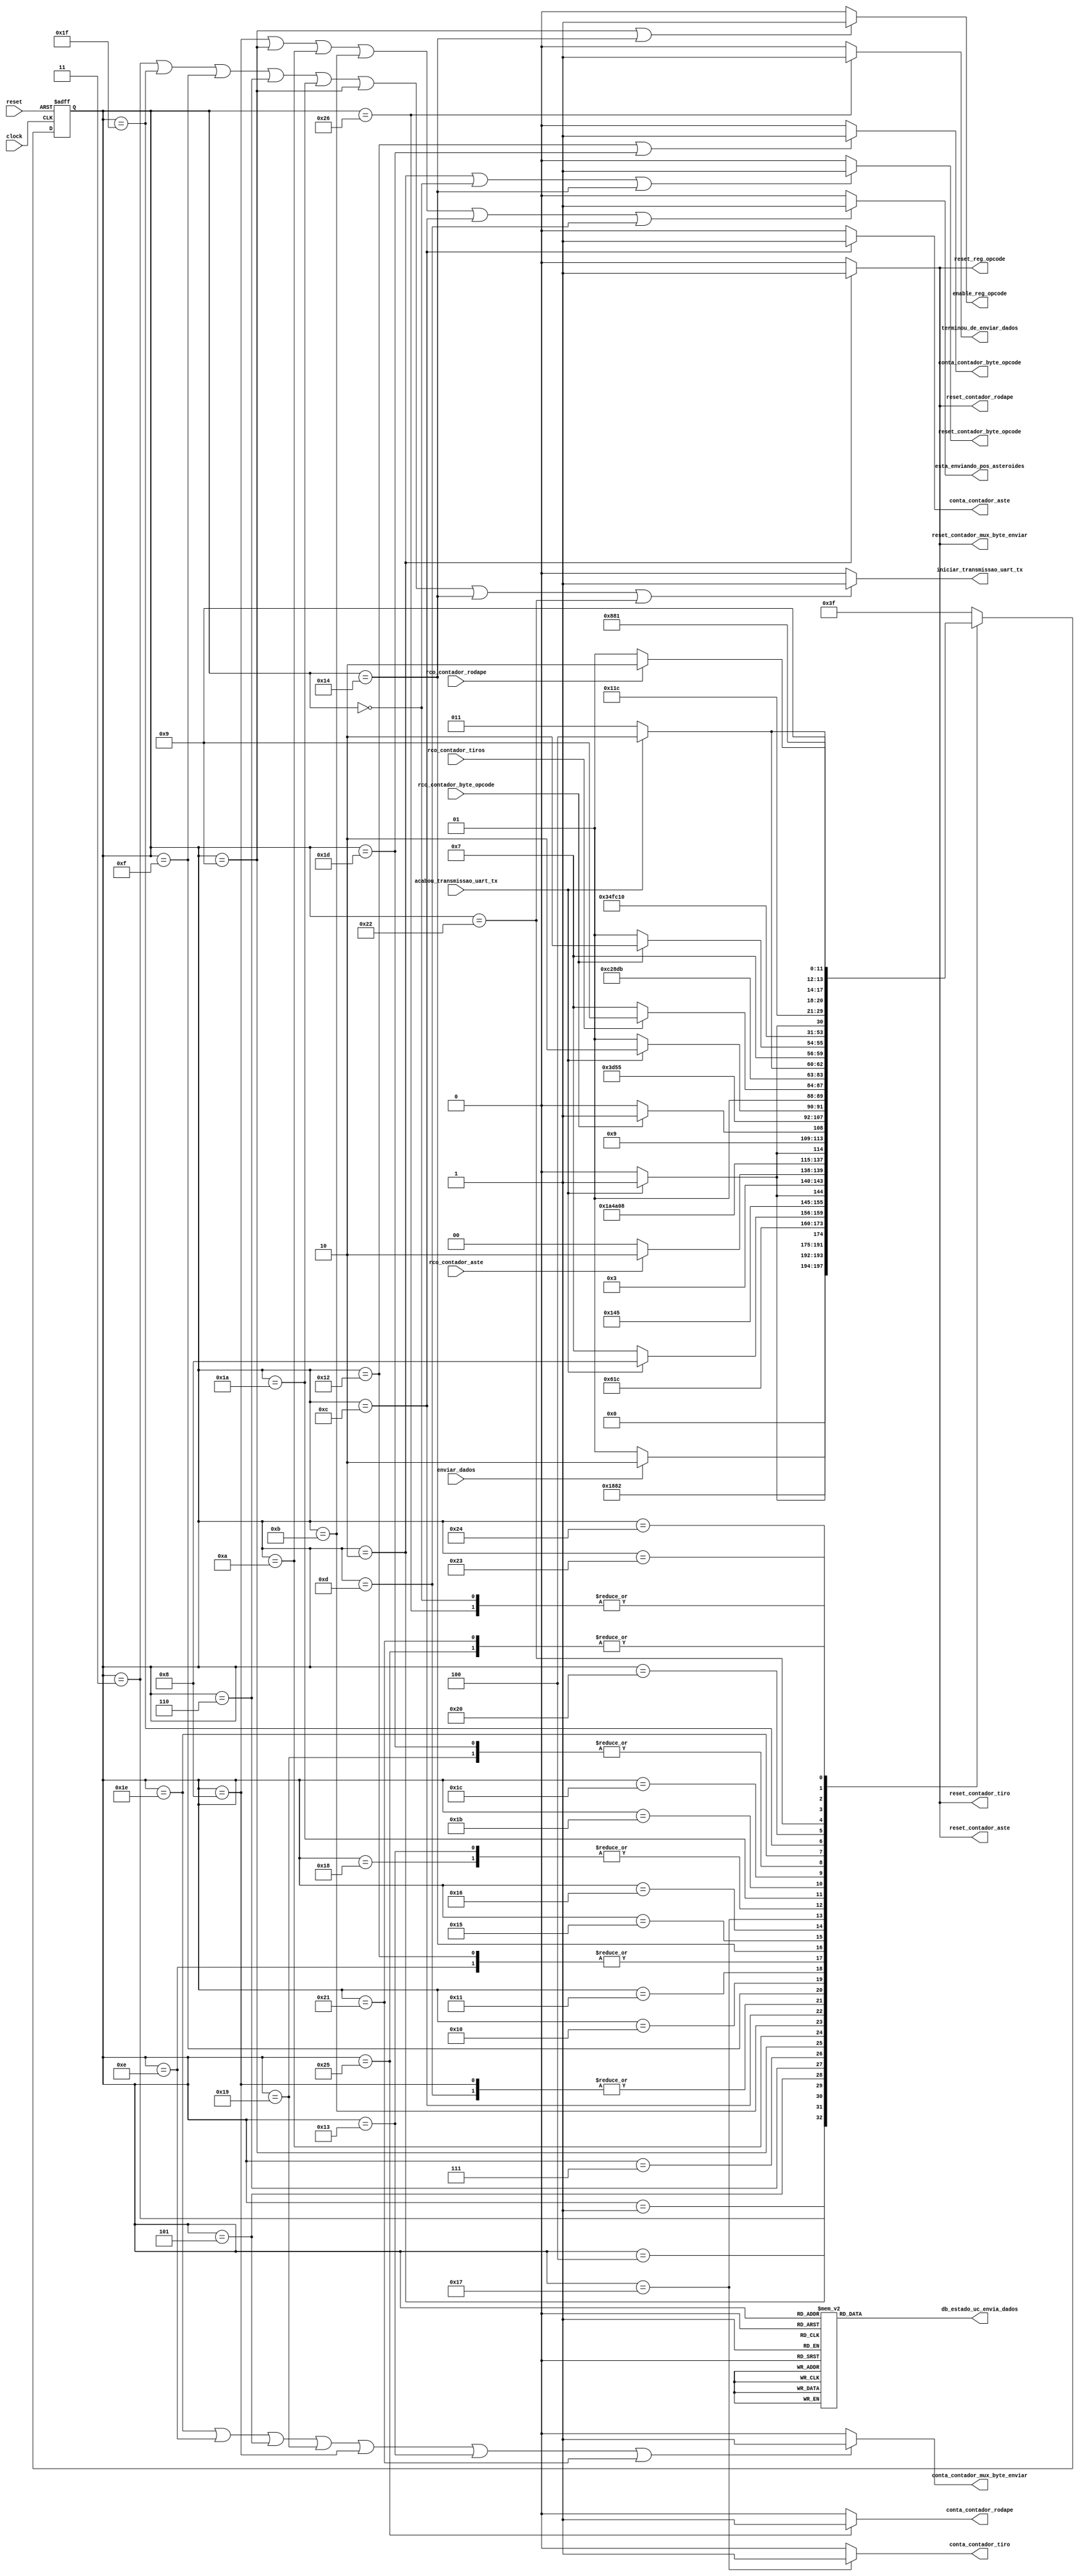

module uc_envia_dados (
        input clock,
        input reset,
        input enviar_dados,
        input acabou_transmissao_uart_tx,
        input rco_contador_aste,
        input rco_contador_tiros,
        input rco_contador_byte_opcode,
        input rco_contador_rodape,

        output reg iniciar_transmissao_uart_tx,
        output reg enable_reg_opcode,
        output reg reset_reg_opcode,
        output reg conta_contador_byte_opcode,
        output reg reset_contador_byte_opcode,
        output reg conta_contador_mux_byte_enviar,
        output reg reset_contador_mux_byte_enviar,
        output reg conta_contador_aste,
        output reg reset_contador_aste,
        output reg conta_contador_tiro,
        output reg reset_contador_tiro,
        output reg conta_contador_rodape,
        output reg reset_contador_rodape,

        output reg terminou_de_enviar_dados,
        output reg esta_enviando_pos_asteroides,
        output reg [5:0] db_estado_uc_envia_dados
        );

        /* declarao dos estados dessa UC */
        parameter inicial                                = 6'b000000; // 0
        parameter espera                                 = 6'b000001; // 1
        parameter zera_contadores                        = 6'b000010; // 2
        parameter inicia_envio_de_pontuacao              = 6'b000011; // 3
        parameter espera_envio_de_pontuacao              = 6'b000100; // 4
        parameter envia_opcode_nave                      = 6'b000101; // 5
        parameter inicia_envia_opcode_nave               = 6'b000110; // 6
        parameter espera_envia_opcode_nave               = 6'b000111; // 7 {opcode_nave (2 bits), vidas (3 bits), 3'b000}
        parameter envia_posicao_aste                     = 6'b001000; // 8
        parameter inicia_envia_posicao_aste              = 6'b001001; // 9
        parameter espera_envia_posicao_aste              = 6'b001010; // 10
        parameter verifica_rco_aste                      = 6'b001011; // 11
        parameter incrementa_contador_asteroides         = 6'b001100; // 12
        parameter espera_mem_aste                        = 6'b001101; // 13
        parameter envia_opcode_aste                      = 6'b001110; // 14
        parameter inicia_envia_opcode_aste               = 6'b001111; // 15
        parameter espera_envia_opcode_aste               = 6'b010000; // 16
        parameter verifica_rco_contador_byte_opcode_aste = 6'b010001; // 17
        parameter incrementa_contador_byte_opcode_aste   = 6'b010010; // 18
        parameter envia_posicao_tiros                    = 6'b010011; // 19
        parameter inicia_envia_posicao_tiros             = 6'b010100; // 20
        parameter espera_envia_posicao_tiros             = 6'b010101; // 21
        parameter verifica_rco_tiros                     = 6'b010110; // 22
        parameter incrementa_contador_tiros              = 6'b010111; // 23
        parameter espera_mem_tiros                       = 6'b011000; // 24
        parameter envia_opcode_tiro                      = 6'b011001; // 25
        parameter inicia_envia_opcode_tiro               = 6'b011010; // 26
        parameter espera_envia_opcode_tiro               = 6'b011011; // 27 
        parameter verifica_rco_contador_byte_opcode_tiro = 6'b011100; // 28
        parameter incrementa_contador_byte_opcode_tiro   = 6'b011101; // 29
        parameter envia_jogada_especial                  = 6'b011110; // 30
        parameter inicia_envia_jogada_especial           = 6'b011111; // 31 
        parameter espera_envia_jogada_especial           = 6'b100000; // 32 
        parameter envia_rodape                           = 6'b100001; // 33
        parameter inicia_envia_rodape                    = 6'b100010; // 34
        parameter espera_envia_rodape                    = 6'b100011; // 35
        parameter verifica_rco_contador_rodape           = 6'b100100; // 36
        parameter incrementa_contador_rodape             = 6'b100101; // 37
        parameter sinaliza                               = 6'b100110; // 38
        parameter erro                                   = 6'b111111; // 64

        // Variveis de estado
        reg [5:0] estado_atual, proximo_estado;

        // Memria de estado
        always @(posedge clock or posedge reset) begin
                if (reset)
                        estado_atual <= inicial;
                else
                        estado_atual <= proximo_estado;
        end

        // mudana de estados
        always @* begin
        case (estado_atual)
                inicial:                   proximo_estado = espera;
                espera:                    proximo_estado = enviar_dados ? zera_contadores : espera;
                zera_contadores:           proximo_estado = inicia_envio_de_pontuacao;
                // envia a pontuao
                inicia_envio_de_pontuacao: proximo_estado = espera_envio_de_pontuacao;
                espera_envio_de_pontuacao: proximo_estado = acabou_transmissao_uart_tx ? envia_opcode_nave : espera_envio_de_pontuacao;
                // envia o opcode da nave, vidas e 3'b000
                envia_opcode_nave:         proximo_estado = inicia_envia_opcode_nave;
                inicia_envia_opcode_nave:  proximo_estado = espera_envia_opcode_nave;
                espera_envia_opcode_nave:  proximo_estado = acabou_transmissao_uart_tx ? envia_posicao_aste : espera_envia_opcode_nave;
                // envia as posies dos asteroides
                envia_posicao_aste:        proximo_estado = inicia_envia_posicao_aste;
                inicia_envia_posicao_aste: proximo_estado = espera_envia_posicao_aste;
                espera_envia_posicao_aste: proximo_estado = acabou_transmissao_uart_tx ? verifica_rco_aste : espera_envia_posicao_aste;
                verifica_rco_aste:         proximo_estado = rco_contador_aste ? envia_opcode_aste : incrementa_contador_asteroides;
                incrementa_contador_asteroides: proximo_estado = espera_mem_aste;
                espera_mem_aste:           proximo_estado = inicia_envia_posicao_aste;
                // envia os opcodes dos asteroides
                envia_opcode_aste:         proximo_estado = inicia_envia_opcode_aste;
                inicia_envia_opcode_aste:  proximo_estado = espera_envia_opcode_aste;
                espera_envia_opcode_aste:  proximo_estado = acabou_transmissao_uart_tx ? verifica_rco_contador_byte_opcode_aste : espera_envia_opcode_aste;
                verifica_rco_contador_byte_opcode_aste: proximo_estado = rco_contador_byte_opcode ? envia_posicao_tiros : incrementa_contador_byte_opcode_aste;
                incrementa_contador_byte_opcode_aste: proximo_estado = inicia_envia_opcode_aste;
                // envia as posies dos tiros
                envia_posicao_tiros:        proximo_estado = inicia_envia_posicao_tiros;
                inicia_envia_posicao_tiros: proximo_estado = espera_envia_posicao_tiros;
                espera_envia_posicao_tiros: proximo_estado = acabou_transmissao_uart_tx ? verifica_rco_tiros : espera_envia_posicao_tiros;
                verifica_rco_tiros:         proximo_estado = rco_contador_tiros ? envia_opcode_tiro : incrementa_contador_tiros;
                incrementa_contador_tiros:  proximo_estado = espera_mem_tiros;
                espera_mem_tiros:           proximo_estado = inicia_envia_posicao_tiros;
                // envia os opcodes dos tiros
                envia_opcode_tiro:          proximo_estado = inicia_envia_opcode_tiro;
                inicia_envia_opcode_tiro:   proximo_estado = espera_envia_opcode_tiro;
                espera_envia_opcode_tiro:   proximo_estado = acabou_transmissao_uart_tx ? verifica_rco_contador_byte_opcode_tiro : espera_envia_opcode_tiro;
                verifica_rco_contador_byte_opcode_tiro: proximo_estado = rco_contador_byte_opcode ? envia_jogada_especial : incrementa_contador_byte_opcode_tiro;
                incrementa_contador_byte_opcode_tiro: proximo_estado = inicia_envia_opcode_tiro;
                // envia a jogada_especial, especial_disponvel,  jogada_tiro, tiro_disponivel, acabou_vidas e 3'b000
                envia_jogada_especial:     proximo_estado = inicia_envia_jogada_especial;
                inicia_envia_jogada_especial: proximo_estado = espera_envia_jogada_especial;
                espera_envia_jogada_especial: proximo_estado = acabou_transmissao_uart_tx ? envia_rodape : espera_envia_jogada_especial;
                // envia o rodape do bloco de dados
                envia_rodape:                 proximo_estado = inicia_envia_rodape;
                inicia_envia_rodape:          proximo_estado = espera_envia_rodape;
                espera_envia_rodape:          proximo_estado = acabou_transmissao_uart_tx ? verifica_rco_contador_rodape : espera_envia_rodape;
                verifica_rco_contador_rodape: proximo_estado = rco_contador_rodape ? sinaliza : incrementa_contador_rodape;
                incrementa_contador_rodape:   proximo_estado = inicia_envia_rodape;
                sinaliza:                     proximo_estado = espera;
                default:                      proximo_estado = erro;
        endcase
    end

    // Lgica de sada (maquina Moore)
    always @* begin
                iniciar_transmissao_uart_tx = (estado_atual == inicia_envio_de_pontuacao     ||
                                               estado_atual ==  inicia_envia_jogada_especial ||
                                               estado_atual ==  inicia_envia_opcode_aste     ||
                                               estado_atual == inicia_envia_opcode_nave      ||
                                               estado_atual == inicia_envia_opcode_tiro      ||
                                               estado_atual == inicia_envia_posicao_aste     ||
                                               estado_atual == inicia_envia_posicao_tiros    ||
                                               estado_atual == inicia_envia_rodape           ) ? 1'b1 : 1'b0; 
                enable_reg_opcode           = (estado_atual == inicia_envia_posicao_aste     ||
                                               estado_atual == inicia_envia_posicao_tiros    ) ? 1'b1 : 1'b0; 
                reset_reg_opcode            = (estado_atual == zera_contadores)                ? 1'b1 : 1'b0; 
                conta_contador_byte_opcode  = (estado_atual == incrementa_contador_byte_opcode_aste ||
                                               estado_atual == incrementa_contador_byte_opcode_tiro )      ? 1'b1 : 1'b0; 
                reset_contador_byte_opcode  = (estado_atual == zera_contadores || estado_atual == inicial || estado_atual == inicia_envia_posicao_tiros) ? 1'b1 : 1'b0; 
                conta_contador_mux_byte_enviar = (estado_atual ==  envia_jogada_especial ||
                                                  estado_atual ==  envia_opcode_aste     ||
                                                  estado_atual == envia_opcode_nave      ||
                                                  estado_atual == envia_opcode_tiro      ||
                                                  estado_atual == envia_posicao_aste     ||
                                                  estado_atual == envia_posicao_tiros    ||
                                                  estado_atual == envia_rodape           ) ? 1'b1 : 1'b0; 

                reset_contador_mux_byte_enviar = (estado_atual == zera_contadores)                ? 1'b1 : 1'b0; 
                conta_contador_aste            = (estado_atual == incrementa_contador_asteroides) ? 1'b1 : 1'b0; 
                reset_contador_aste            = (estado_atual == zera_contadores)                ? 1'b1 : 1'b0; 
                conta_contador_tiro            = (estado_atual == incrementa_contador_tiros)      ? 1'b1: 1'b0; 
                reset_contador_tiro            = (estado_atual == zera_contadores)                ? 1'b1: 1'b0; 
                conta_contador_rodape          = (estado_atual == incrementa_contador_rodape)     ? 1'b1 : 1'b0; 
                reset_contador_rodape          = (estado_atual == zera_contadores)                ? 1'b1 : 1'b0; 
                esta_enviando_pos_asteroides   = (estado_atual == envia_posicao_aste              ||  
                                                  estado_atual == inicia_envia_posicao_aste       ||
                                                  estado_atual == espera_envia_posicao_aste       || 
                                                  estado_atual == verifica_rco_aste               || 
                                                  estado_atual == incrementa_contador_asteroides  ||
                                                  estado_atual == espera_mem_aste           )? 1'b1 : 1'b0; 
                terminou_de_enviar_dados = (estado_atual == sinaliza)? 1'b1 : 1'b0;

        // Sada de depurao (estado)
        case (estado_atual)
                inicial:                                db_estado_uc_envia_dados = 6'b000000; // 0
                espera:                                 db_estado_uc_envia_dados = 6'b000001; // 1
                zera_contadores:                        db_estado_uc_envia_dados = 6'b000010; // 2
                inicia_envio_de_pontuacao:              db_estado_uc_envia_dados = 6'b000011; // 3
                espera_envio_de_pontuacao:              db_estado_uc_envia_dados = 6'b000100; // 4
                envia_opcode_nave:                      db_estado_uc_envia_dados = 6'b000101; // 5
                inicia_envia_opcode_nave:               db_estado_uc_envia_dados = 6'b000110; // 6
                espera_envia_opcode_nave:               db_estado_uc_envia_dados = 6'b000111; // 7
                envia_posicao_aste:                     db_estado_uc_envia_dados = 6'b001000; // 8
                inicia_envia_posicao_aste:              db_estado_uc_envia_dados = 6'b001001; // 9
                espera_envia_posicao_aste:              db_estado_uc_envia_dados = 6'b001010; // 10
                verifica_rco_aste:                      db_estado_uc_envia_dados = 6'b001011; // 11
                incrementa_contador_asteroides:         db_estado_uc_envia_dados = 6'b001100; // 12
                espera_mem_aste:                        db_estado_uc_envia_dados = 6'b001101; // 13
                envia_opcode_aste:                      db_estado_uc_envia_dados = 6'b001110; // 14
                inicia_envia_opcode_aste:               db_estado_uc_envia_dados = 6'b001111; // 15
                espera_envia_opcode_aste:               db_estado_uc_envia_dados = 6'b010000; // 16
                verifica_rco_contador_byte_opcode_aste: db_estado_uc_envia_dados = 6'b010001; // 17
                incrementa_contador_byte_opcode_aste:   db_estado_uc_envia_dados = 6'b010010; // 18
                envia_posicao_tiros:                    db_estado_uc_envia_dados = 6'b010011; // 19
                inicia_envia_posicao_tiros:             db_estado_uc_envia_dados = 6'b010100; // 20
                espera_envia_posicao_tiros:             db_estado_uc_envia_dados = 6'b010101; // 21
                verifica_rco_tiros:                     db_estado_uc_envia_dados = 6'b010110; // 22
                incrementa_contador_tiros:              db_estado_uc_envia_dados = 6'b010111; // 23
                espera_mem_tiros:                       db_estado_uc_envia_dados = 6'b011000; // 24
                envia_opcode_tiro:                      db_estado_uc_envia_dados = 6'b011001; // 25
                inicia_envia_opcode_tiro:               db_estado_uc_envia_dados = 6'b011010; // 26
                espera_envia_opcode_tiro:               db_estado_uc_envia_dados = 6'b011011; // 27 
                verifica_rco_contador_byte_opcode_tiro: db_estado_uc_envia_dados = 6'b011100; // 28
                incrementa_contador_byte_opcode_tiro:   db_estado_uc_envia_dados = 6'b011101; // 29
                envia_jogada_especial:                  db_estado_uc_envia_dados = 6'b011110; // 30
                inicia_envia_jogada_especial:           db_estado_uc_envia_dados = 6'b011111; // 31 
                espera_envia_jogada_especial:           db_estado_uc_envia_dados = 6'b100000; // 32 
                envia_rodape:                           db_estado_uc_envia_dados = 6'b100001; // 33
                inicia_envia_rodape:                    db_estado_uc_envia_dados = 6'b100010; // 34
                espera_envia_rodape:                    db_estado_uc_envia_dados = 6'b100011; // 35
                verifica_rco_contador_rodape:           db_estado_uc_envia_dados = 6'b100100; // 36
                incrementa_contador_rodape:             db_estado_uc_envia_dados = 6'b100101; // 37
                sinaliza:                               db_estado_uc_envia_dados = 6'b100110; // 38
                default:                                db_estado_uc_envia_dados = 6'b111111;
        endcase
    end
endmodule